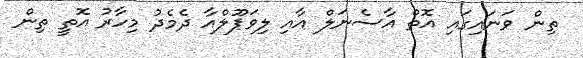
ތިން ވަނައިގައި އޮތް އާސެނަލް އާއި ލިވަޕޫލްއާ ދެމެދު މިހާރު އޮތީ ތިން